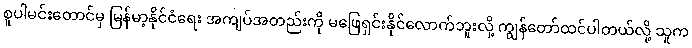
စူပါမင်းတောင်မှ မြန်မာ့နိုင်ငံရေး အကျပ်အတည်းကို မဖြေရှင်းနိုင်လောက်ဘူးလို့ ကျွန်တော်ထင်ပါတယ်လို့ သူက